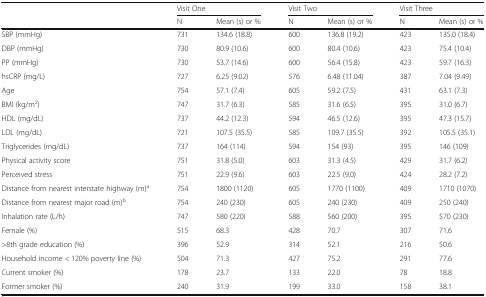
<table><thead><tr><td></td><td colspan="2"><b>Visit One</b></td><td colspan="2"><b>Visit Two</b></td><td colspan="2"><b>Visit Three</b></td></tr><tr><td></td><td><b>N</b></td><td><b>Mean (s) or %</b></td><td><b>N</b></td><td><b>Mean (s) or %</b></td><td><b>N</b></td><td><b>Mean (s) or %</b></td></tr></thead><tbody><tr><td>SBP (mmHg)</td><td>731</td><td>134.6 (18.8)</td><td>600</td><td>136.8 (19.2)</td><td>423</td><td>135.0 (18.4)</td></tr><tr><td>DBP (mmHg)</td><td>730</td><td>80.9 (10.6)</td><td>600</td><td>80.4 (10.6)</td><td>423</td><td>75.4 (10.4)</td></tr><tr><td>PP (mmHg)</td><td>730</td><td>53.7 (14.6)</td><td>600</td><td>56.4 (15.8)</td><td>423</td><td>59.7 (16.3)</td></tr><tr><td>hsCRP (mg/L)</td><td>727</td><td>6.25 (9.02)</td><td>576</td><td>6.48 (11.04)</td><td>387</td><td>7.04 (9.49)</td></tr><tr><td>Age</td><td>754</td><td>57.1 (7.4)</td><td>605</td><td>59.2 (7.5)</td><td>431</td><td>63.1 (7.3)</td></tr><tr><td>BMI (kg/m<sup>2</sup>)</td><td>747</td><td>31.7 (6.3)</td><td>585</td><td>31.6 (6.5)</td><td>395</td><td>31.0 (6.7)</td></tr><tr><td>HDL (mg/dL)</td><td>737</td><td>44.2 (12.3)</td><td>594</td><td>46.5 (12.6)</td><td>395</td><td>47.3 (15.7)</td></tr><tr><td>LDL (mg/dL)</td><td>721</td><td>107.5 (35.5)</td><td>585</td><td>109.7 (35.5)</td><td>392</td><td>105.5 (35.1)</td></tr><tr><td>Triglycerides (mg/dL)</td><td>737</td><td>164 (114)</td><td>594</td><td>154 (93)</td><td>395</td><td>146 (109)</td></tr><tr><td>Physical activity score</td><td>751</td><td>31.8 (5.0)</td><td>603</td><td>31.3 (4.5)</td><td>429</td><td>31.7 (6.2)</td></tr><tr><td>Perceived stress</td><td>751</td><td>22.9 (9.6)</td><td>603</td><td>22.5 (9.0)</td><td>424</td><td>28.2 (7.2)</td></tr><tr><td>Distance from nearest interstate highway (m)<sup>a</sup></td><td>754</td><td>1800 (1120)</td><td>605</td><td>1770 (1100)</td><td>409</td><td>1710 (1070)</td></tr><tr><td>Distance from nearest major road (m)<sup>b</sup></td><td>754</td><td>240 (230)</td><td>605</td><td>240 (230)</td><td>409</td><td>250 (240)</td></tr><tr><td>Inhalation rate (L/h)</td><td>747</td><td>580 (220)</td><td>588</td><td>560 (200)</td><td>395</td><td>570 (230)</td></tr><tr><td>Female (%)</td><td>515</td><td>68.3</td><td>428</td><td>70.7</td><td>307</td><td>71.6</td></tr><tr><td>&gt;8th grade education (%)</td><td>396</td><td>52.9</td><td>314</td><td>52.1</td><td>216</td><td>50.6</td></tr><tr><td>Household income &lt; 120% poverty line (%)</td><td>504</td><td>71.3</td><td>427</td><td>75.2</td><td>291</td><td>77.6</td></tr><tr><td>Current smoker (%)</td><td>178</td><td>23.7</td><td>133</td><td>22.0</td><td>78</td><td>18.8</td></tr><tr><td>Former smoker (%)</td><td>240</td><td>31.9</td><td>199</td><td>33.0</td><td>158</td><td>38.1</td></tr></tbody></table>